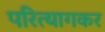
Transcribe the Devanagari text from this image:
परित्यागकर